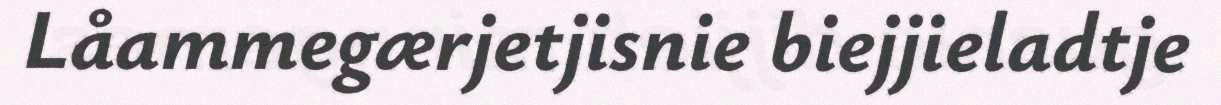
Låammegærjetjisnie biejjieladtje